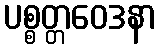
ပစ္စတ္တဝေဒနာ